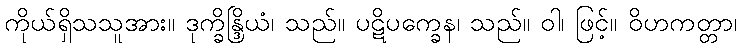
ကိုယ်ရှိသသူအား။ ဒုက္ခိန္ဒြိယံ၊ သည်။ ပဋိပက္ခေန၊ သည်။ ဝါ၊ ဖြင့်။ ဝိဟကတ္တာ၊